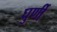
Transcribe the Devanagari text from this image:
घुर्णी